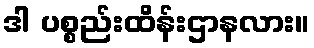
ဒါ ပစ္စည်းထိန်းဌာနလား။